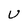
Character: U